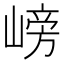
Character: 嵭